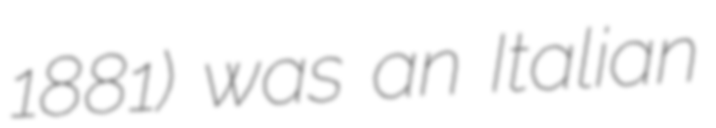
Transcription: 1881) was an Italian